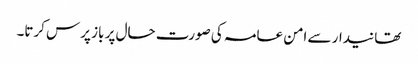
تھانیدار سے امن عامہ کی صورت حال پر باز پرس کرتا۔